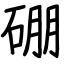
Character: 硼